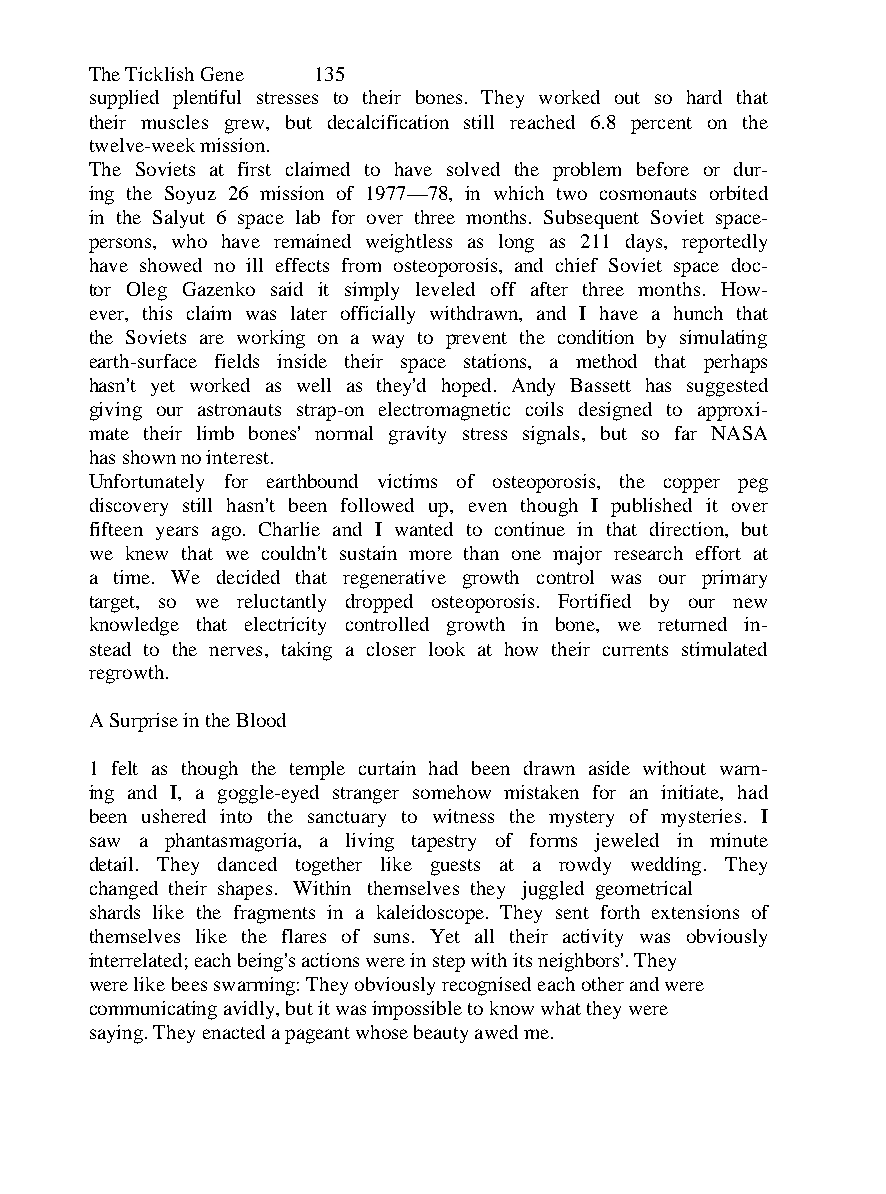
The Ticklish Gene 135
 supplied plentiful stresses to their bones. They worked out so hard that
 their muscles grew, but decalcification still reached 6.8 percent on the
 twelve-week mission.
 The Soviets at first claimed to have solved the problem before or dur-
 ing the Soyuz 26 mission of 1977—78, in which two cosmonauts orbited
 in the Salyut 6 space lab for over three months. Subsequent Soviet space-
 persons, who have remained weightless as long as 211 days, reportedly
 have showed no ill effects from osteoporosis, and chief Soviet space doc-
 tor Oleg Gazenko said it simply leveled off after three months. How-
 ever, this claim was later officially withdrawn, and I have a hunch that
 the Soviets are working on a way to prevent the condition by simulating
 earth-surface fields inside their space stations, a method that perhaps
 hasn't yet worked as well as they'd hoped. Andy Bassett has suggested
 giving our astronauts strap-on electromagnetic coils designed to approxi-
 mate their limb bones' normal gravity stress signals, but so far NASA
 has shown no interest.
 Unfortunately for earthbound victims of osteoporosis, the copper peg
 discovery still hasn't been followed up, even though I published it over
 fifteen years ago. Charlie and I wanted to continue in that direction, but
 we knew that we couldn't sustain more than one major research effort at
 a time. We decided that regenerative growth control was our primary
 target, so we reluctantly dropped osteoporosis. Fortified by our new
 knowledge that electricity controlled growth in bone, we returned in-
 stead to the nerves, taking a closer look at how their currents stimulated
 regrowth.
 A Surprise in the Blood
 1 felt as though the temple curtain had been drawn aside without warn-
 ing and I, a goggle-eyed stranger somehow mistaken for an initiate, had
 been ushered into the sanctuary to witness the mystery of mysteries. I
 saw a phantasmagoria, a living tapestry of forms jeweled in minute
 detail. They danced together like guests at a rowdy wedding. They
 changed their shapes. Within themselves they juggled geometrical
 shards like the fragments in a kaleidoscope. They sent forth extensions of
 themselves like the flares of suns. Yet all their activity was obviously
 interrelated; each being's actions were in step with its neighbors'. They
 were like bees swarming: They obviously recognised each other and were
 communicating avidly, but it was impossible to know what they were
 saying. They enacted a pageant whose beauty awed me.